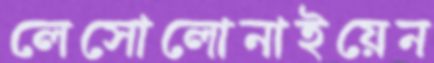
লেসোলোনাইয়েন